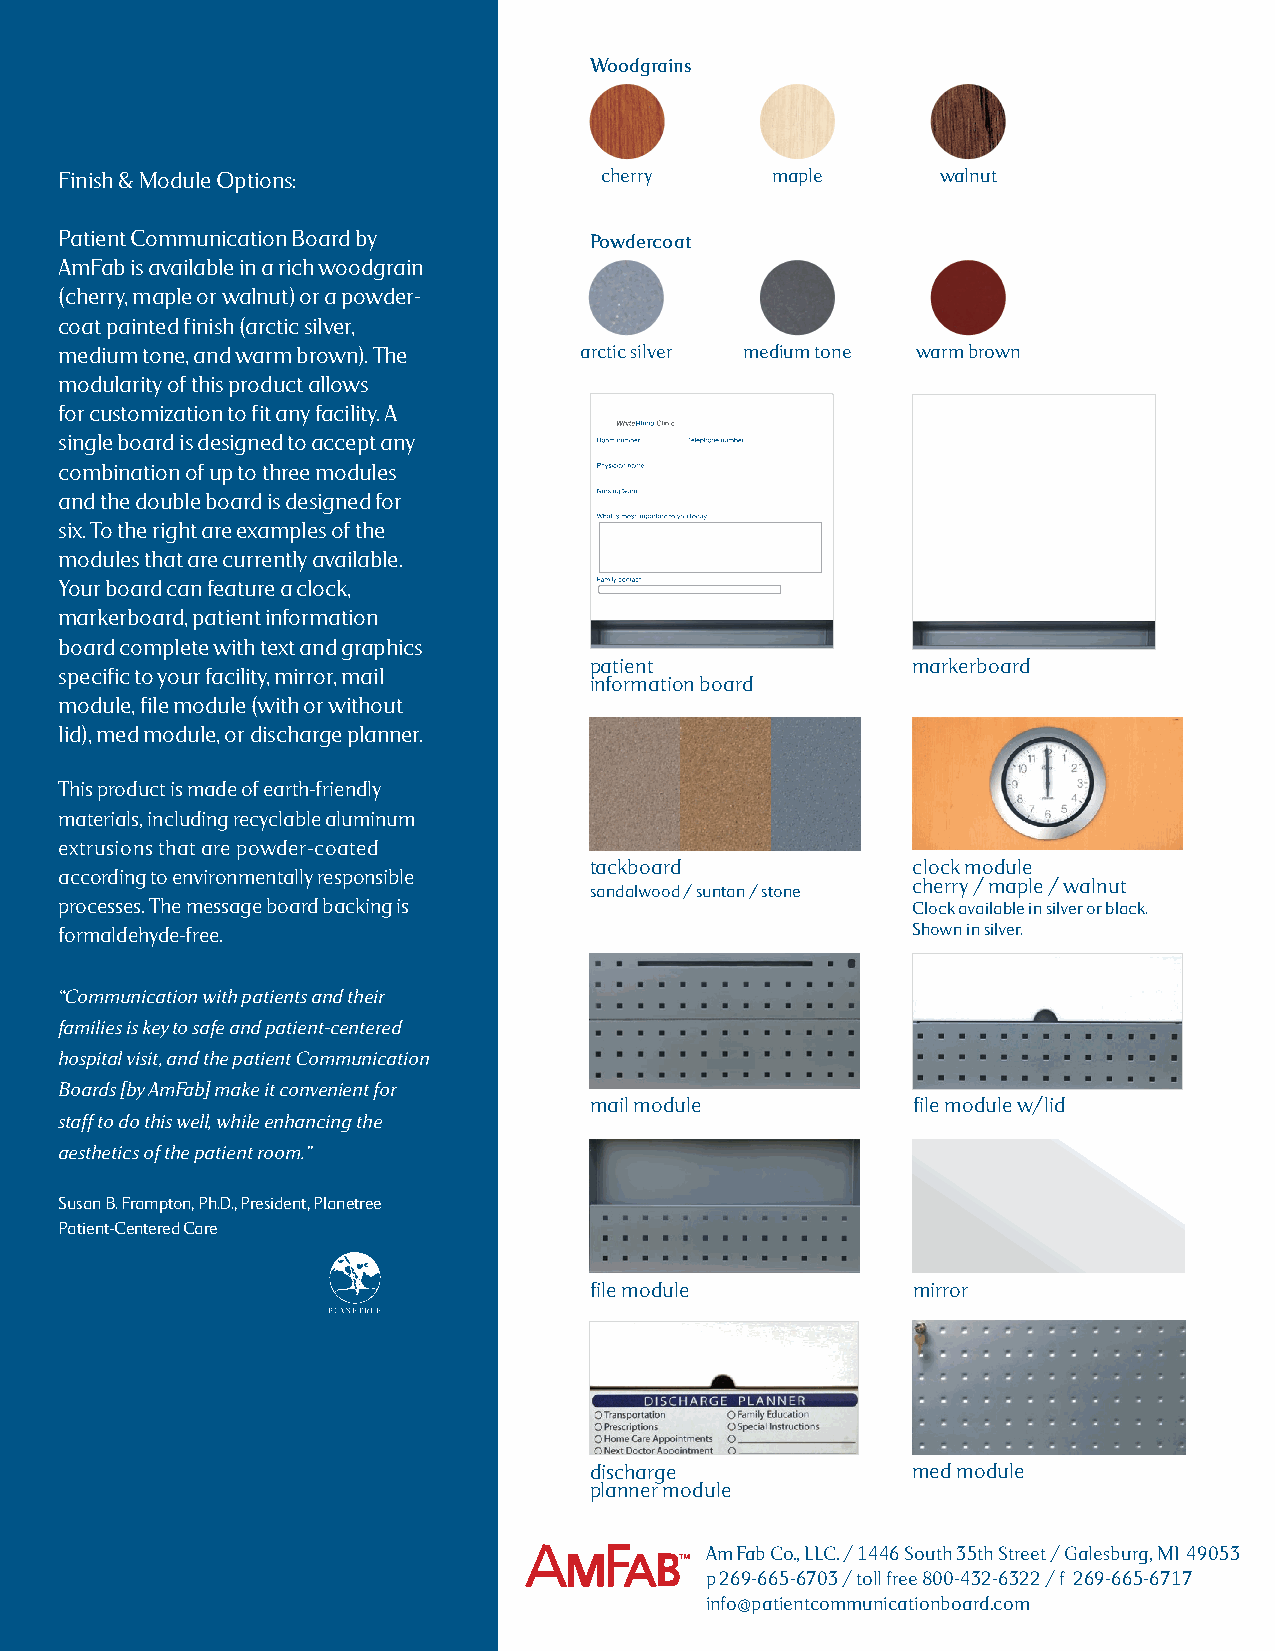
WWooooddggrraaiinnss
 Finish & module options:            cherry     maple      walnut
 Patient Communication Board by     Powdercoat
 amFab is available in a rich woodgrain
 (cherry, maple or walnut) or a powder-
 coat painted finish (arctic silver,
 medium tone, and warm brown). the arctic silver medium tone warm brown
 modularity of this product allows
 for customization to fit any facility. a
 single board is designed to accept any
 combination of up to three modules
 and the double board is designed for
 six. to the right are examples of the
 modules that are currently available.
 your board can feature a clock,
 markerboard, patient information
 board complete with text and graphics
 patient              markerboard
 specific to your facility, mirror, mail
 information board
 module, file module (with or without
 lid), med module, or discharge planner.
 this product is made of earth-friendly
 materials, including recyclable aluminum
 extrusions that are powder-coated
 tackboard            clock module
 according to environmentally responsible
 cherry / maple / walnut
 sandalwood / suntan / stone
 processes. the message board backing is                 Clock available in silver or black.
 formaldehyde-free.                                      Shown in silver.
 “Communication with patients and their
 families is key to safe and patient-centered
 hospital visit, and the patient Communication
 Boards [by AmFab] make it convenient for
 mail module          file module w/lid
 staff to do this well, while enhancing the
 aesthetics of the patient room.”
 Susan B. Frampton, Ph.d., President, Planetree
 Patient-Centered Care
 file module          mirror
 discharge            med module
 planner module
 am Fab Co., LLC. / 1446 South 35th Street / Galesburg, mi 49053
 p 269-665-6703 / toll free 800-432-6322 / f 269-665-6717
 info@patientcommunicationboard.com